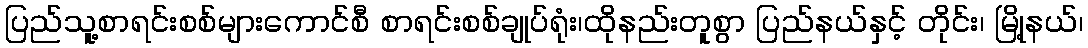
ပြည်သူ့စာရင်းစစ်များကောင်စီ စာရင်းစစ်ချုပ်ရုံး၊ထိုနည်းတူစွာ ပြည်နယ်နှင့် တိုင်း၊ မြို့နယ်၊